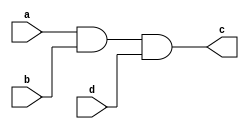
// -------------------------
// Nome: Pedro Henrique Hardeman Guedes
// -------------------------
// -------------------------
// -- and gate
// -------------------------
module andgate ( output c, 
                               input  a, 
                               input  b, 
										 input  d);
assign c = (a & b & d);
endmodule // andgate
// ---------------------
// -- test and gate
// ---------------------
module testandgate;
// ------------------------- dados locais
   reg   a, b, d; // definir registradores
wire  s;    // definir conexao (fio)
// ------------------------- instancia
   andgate AND1 (s, a, b, d);
// ------------------------- preparacao
   initial begin:start
                   // atribuicao simultanea
// dos valores iniciais
      a=0; b=0; d=0;
   end// ------------------------- parte principal
   initial begin
      $display("Exercicio1 - Pedro Henrique Hardeman Guedes - 397260");
      $display("Test AND gate");
$display("\na & b = s\n");
      a=0; b=0; d=0;
  #1  $display("%b & %b & %b = %b", a, b, d, s);
    	a=0; b=0; d=1;
  #1  $display("%b & %b & %b = %b", a, b, d, s);
      a=0; b=1; d=0;
  #1  $display("%b & %b & %b = %b", a, b, d, s);
      a=1; b=0; d=0;
  #1  $display("%b & %b & %b = %b", a, b, d, s);
  		a=0; b=1; d=1;
  #1  $display("%b & %b & %b = %b", a, b, d, s);
		a=1; b=0; d=1;
  #1  $display("%b & %b & %b = %b", a, b, d, s);
		a=1; b=1; d=0;
  #1  $display("%b & %b & %b = %b", a, b, d, s);
		a=1; b=1; d=1;
  #1  $display("%b & %b & %b = %b", a, b, d, s);
end
endmodule // testandgate